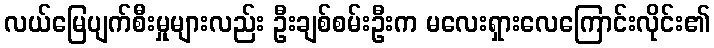
လယ်မြေပျက်စီးမှုများလည်း ဦးချစ်စမ်းဦးက မလေးရှားလေကြောင်းလိုင်း၏